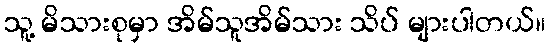
သူ့ မိသားစုမှာ အိမ်သူအိမ်သား သိပ် များပါတယ်။